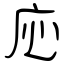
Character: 応